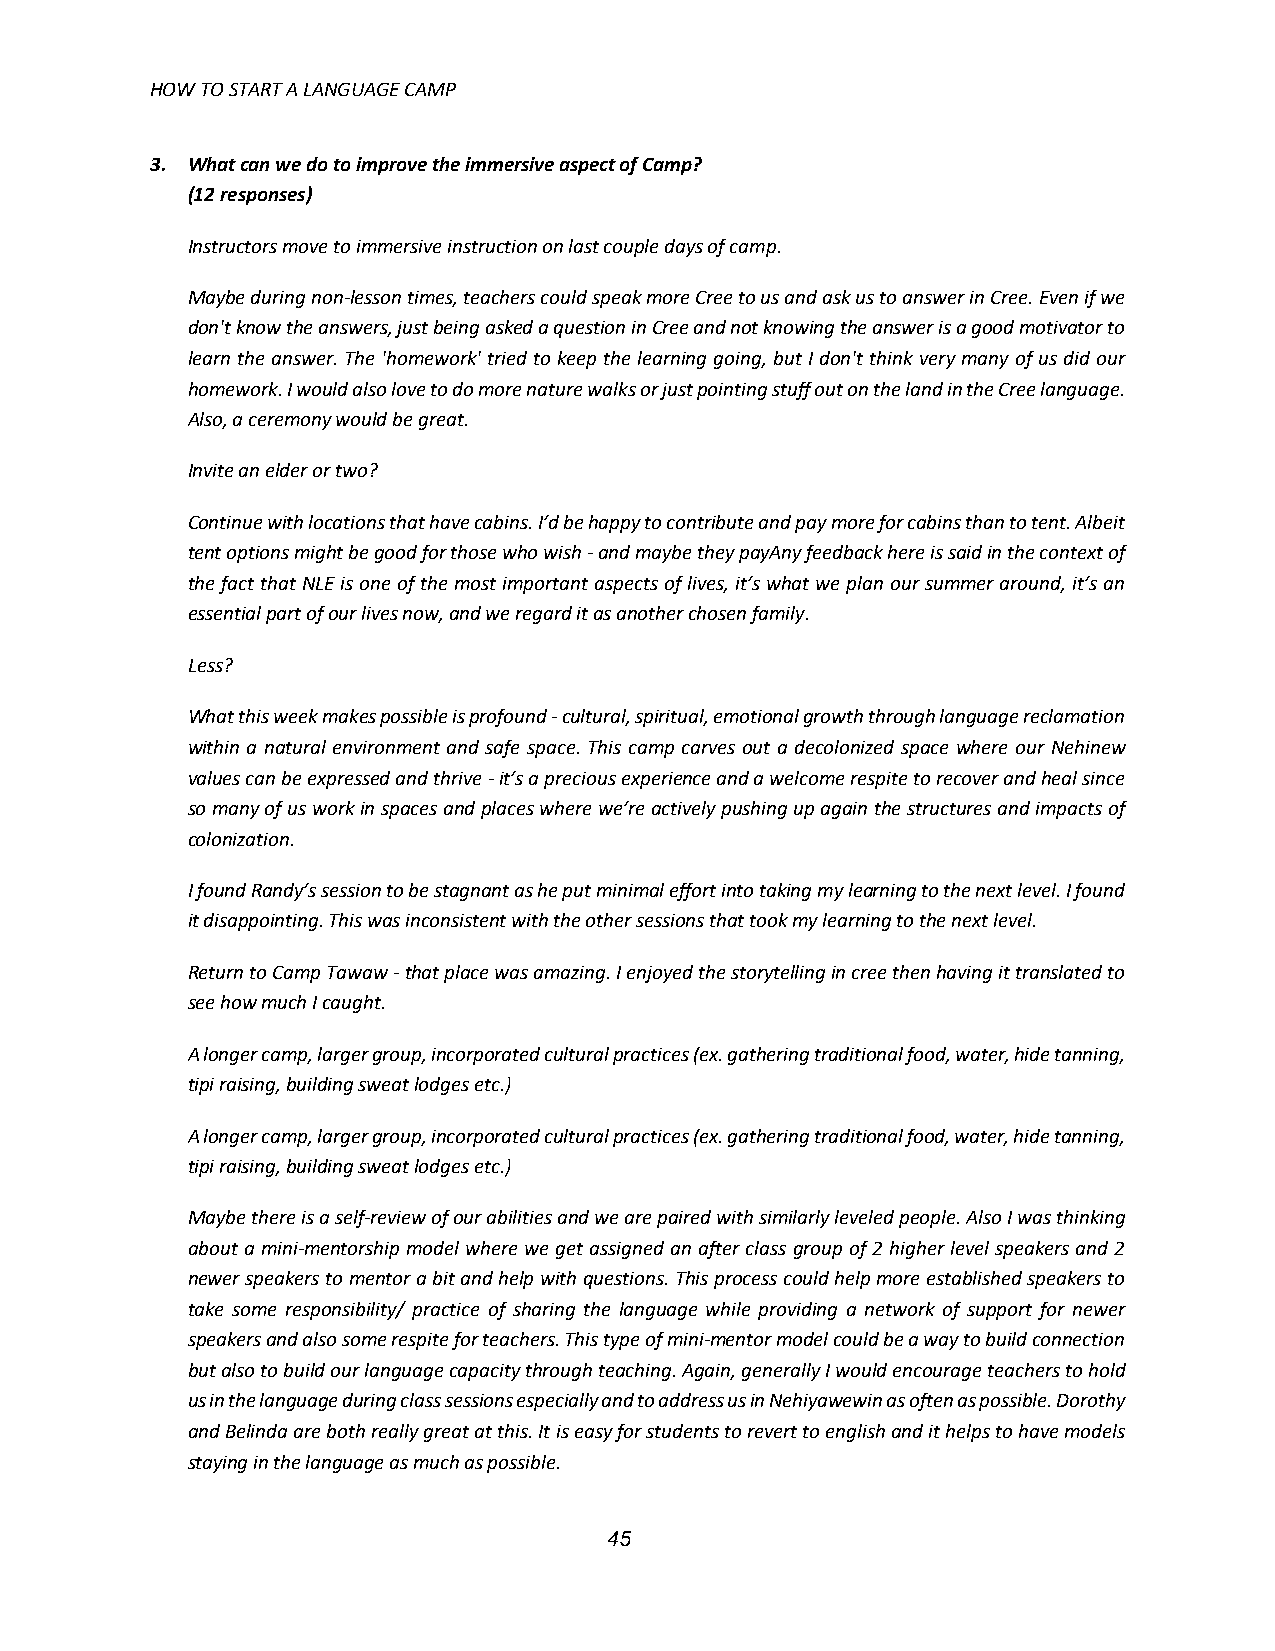
HOW TO START A LANGUAGE CAMP
 3. What can we do to improve the immersive aspect of Camp?
 (12 responses)
 Instructors move to immersive instruction on last couple days of camp.
 Maybe during non-lesson times, teachers could speak more Cree to us and ask us to answer in Cree. Even if we
 don't know the answers, just being asked a question in Cree and not knowing the answer is a good motivator to
 learn the answer. The 'homework' tried to keep the learning going, but I don't think very many of us did our
 homework. I would also love to do more nature walks or just pointing stuff out on the land in the Cree language.
 Also, a ceremony would be great.
 Invite an elder or two?
 Continue with locations that have cabins. I’d be happy to contribute and pay more for cabins than to tent. Albeit
 tent options might be good for those who wish - and maybe they payAny feedback here is said in the context of
 the fact that NLE is one of the most important aspects of lives, it’s what we plan our summer around, it’s an
 essential part of our lives now, and we regard it as another chosen family.
 Less?
 What this week makes possible is profound - cultural, spiritual, emotional growth through language reclamation
 within a natural environment and safe space. This camp carves out a decolonized space where our Nehinew
 values can be expressed and thrive - it’s a precious experience and a welcome respite to recover and heal since
 so many of us work in spaces and places where we’re actively pushing up again the structures and impacts of
 colonization.
 I found Randy’s session to be stagnant as he put minimal effort into taking my learning to the next level. I found
 it disappointing. This was inconsistent with the other sessions that took my learning to the next level.
 Return to Camp Tawaw - that place was amazing. I enjoyed the storytelling in cree then having it translated to
 see how much I caught.
 A longer camp, larger group, incorporated cultural practices (ex. gathering traditional food, water, hide tanning,
 tipi raising, building sweat lodges etc.)
 A longer camp, larger group, incorporated cultural practices (ex. gathering traditional food, water, hide tanning,
 tipi raising, building sweat lodges etc.)
 Maybe there is a self-review of our abilities and we are paired with similarly leveled people. Also I was thinking
 about a mini-mentorship model where we get assigned an after class group of 2 higher level speakers and 2
 newer speakers to mentor a bit and help with questions. This process could help more established speakers to
 take some responsibility/ practice of sharing the language while providing a network of support for newer
 speakers and also some respite for teachers. This type of mini-mentor model could be a way to build connection
 but also to build our language capacity through teaching. Again, generally I would encourage teachers to hold
 us in the language during class sessions especially and to address us in Nehiyawewin as often as possible. Dorothy
 and Belinda are both really great at this. It is easy for students to revert to english and it helps to have models
 staying in the language as much as possible.
 45